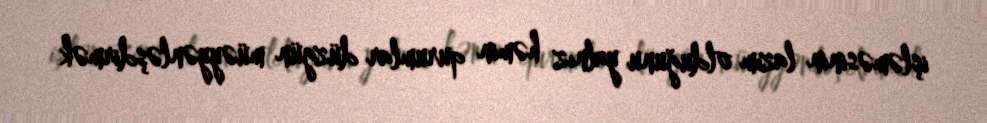
işləməsinin lazım olduğunu yalnız həmin qurumlar düzgün müəyyənləşdirmək